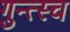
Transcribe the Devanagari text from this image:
गुन्त्स्च